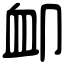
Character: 卹